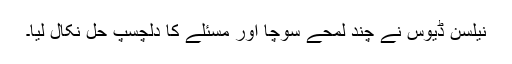
نیلسن ڈیوس نے چند لمحے سوچا اور مسئلے کا دلچسپ حل نکال لیا۔